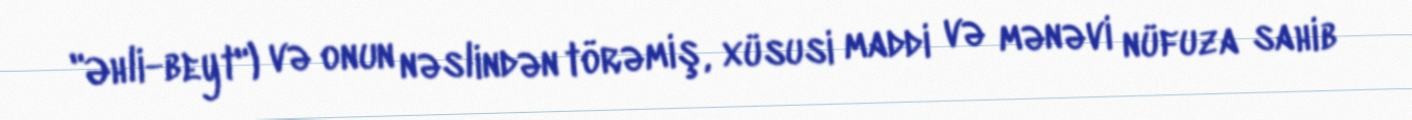
"Əhli-beyt") və onun nəslindən törəmiş, xüsusi maddi və mənəvi nüfuza sahib